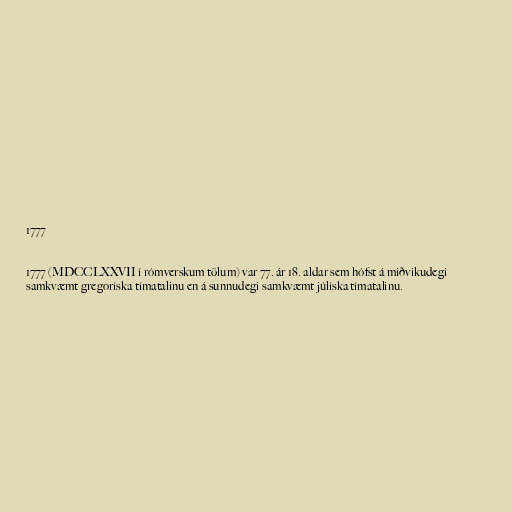
1777

1777 (MDCCLXXVII í rómverskum tölum) var 77. ár 18. aldar sem hófst á miðvikudegi
samkvæmt gregoríska tímatalinu en á sunnudegi samkvæmt júlíska tímatalinu.